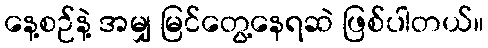
နေ့စဉ်နဲ့ အမျှ မြင်တွေ့နေရဆဲ ဖြစ်ပါတယ်။